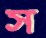
স